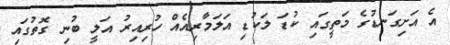
އެ އަށިގަނޑުގެ މަތީގައި ކުޑަ ލަކުޑި އަލަމާރިއެއް ހުރިއިރު އަލީ ބުނި ގޮތުގައި